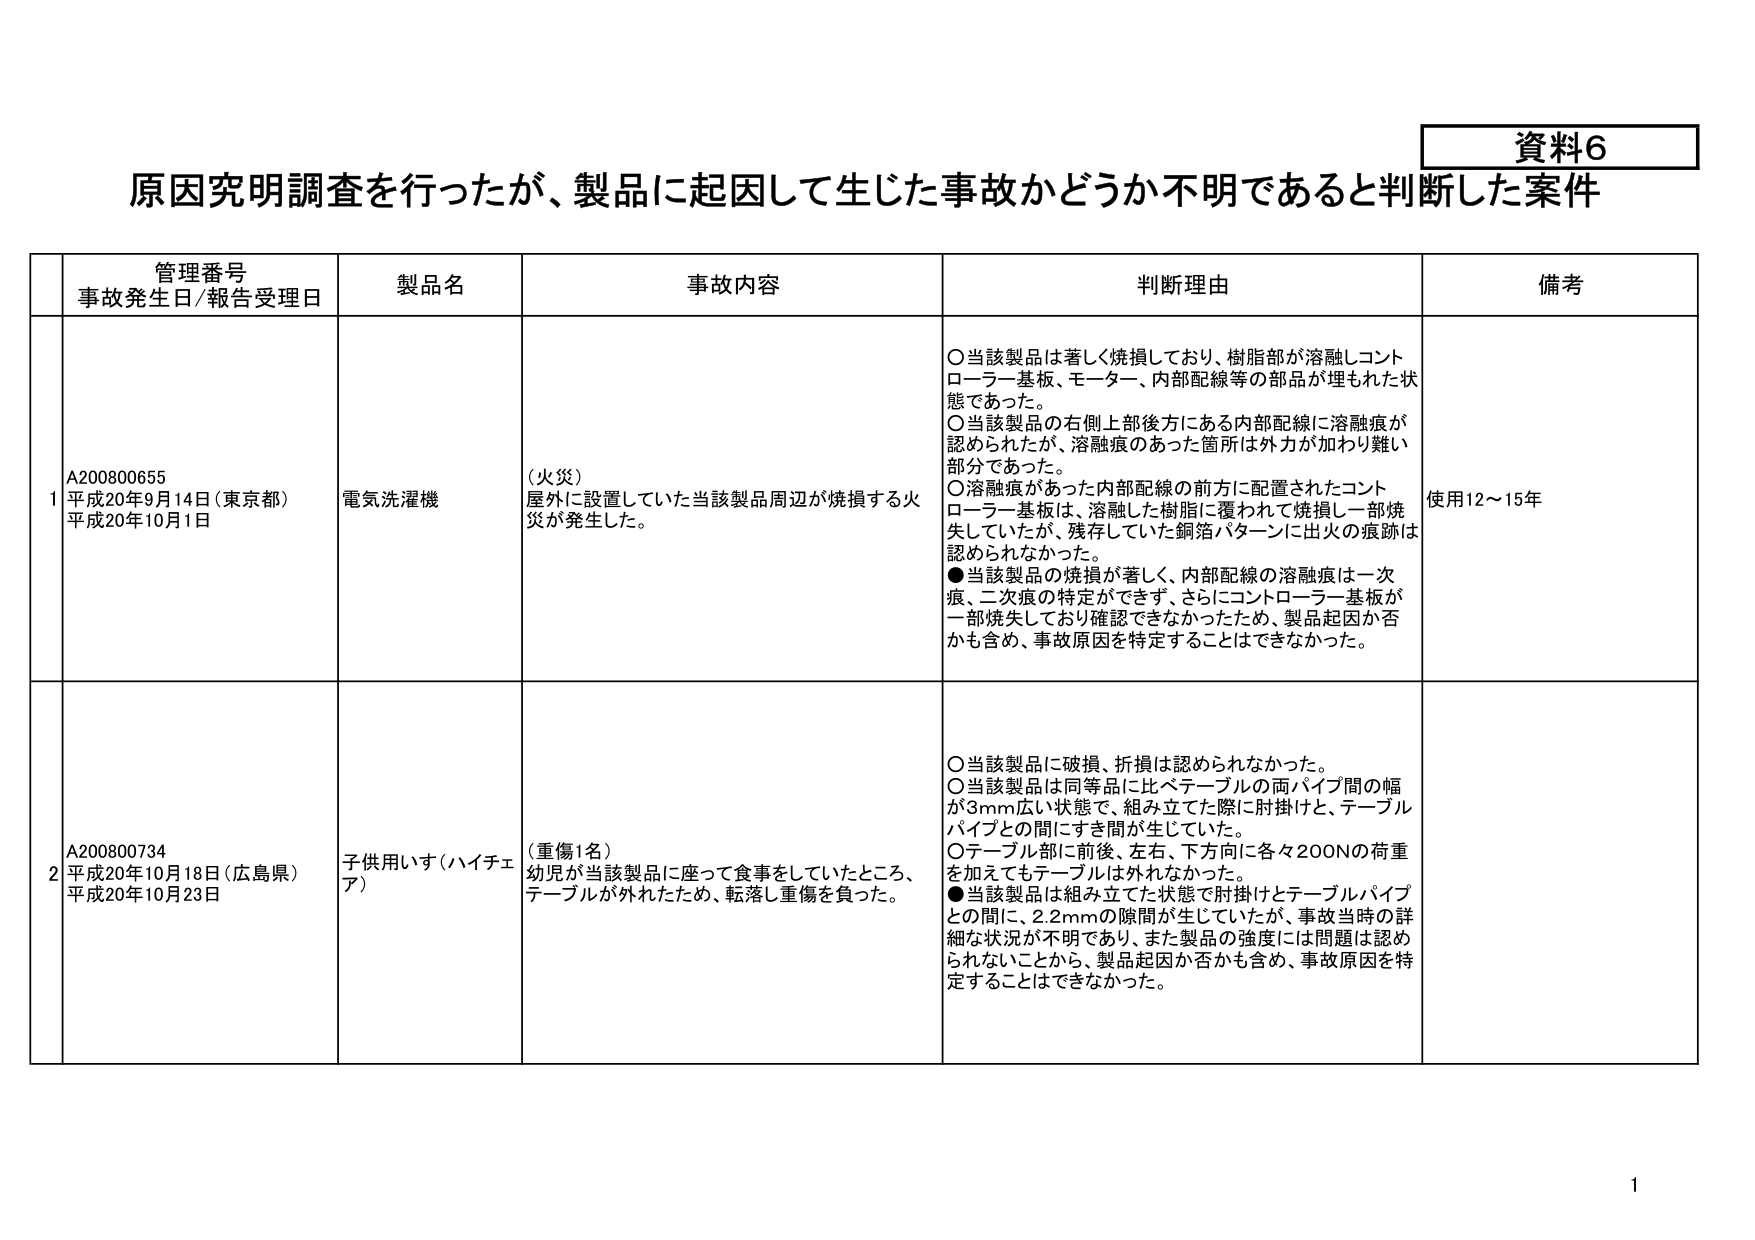
資料6
原因究明調査を行ったが、製品に起因して生じた事故かどうか不明であると判断した案件

管理番号
事故発生日/報告受理日
製品名
事故内容
判断理由
備考

1
A200800655
平成20年9月14日（東京都）
平成20年10月1日
電気洗濯機
（火災）
屋外に設置していた当該製品周辺が焼損する火災が発生した。
○当該製品は著しく焼損しており、樹脂部が溶融しコントローラー基板、モーター、内部配線等の部品が埋もれた状態であった。
○当該製品の右側上部後方にある内部配線に溶融痕が認められたが、溶融痕のあった箇所は外力が加わり難い部分であった。
○溶融痕があった内部配線の前方に配置されたコントローラー基板は、溶融した樹脂に覆われて焼損し一部焼失していたが、残存していた銅箔パターンに出火の痕跡は認められなかった。
●当該製品の焼損が著しく、内部配線の溶融痕は一次痕、二次痕の特定ができず、さらにコントローラー基板が一部焼失しており確認できなかったため、製品起因か否かも含め、事故原因を特定することはできなかった。
使用12～15年

2
A200800734
平成20年10月18日（広島県）
平成20年10月23日
子供用いす（ハイチェア）
（重傷1名）
幼児が当該製品に座って食事をしていたところ、テーブルが外れたため、転落し重傷を負った。
○当該製品に破損、折損は認められなかった。
○当該製品は同等品に比べテーブルの両パイプ間の幅が3mm広い状態で、組み立てた際に肘掛けと、テーブルパイプとの間にすき間が生じていた。
○テーブル部に前後、左右、下方向に各々200Nの荷重を加えてもテーブルは外れなかった。
●当該製品は組み立てた状態で肘掛けとテーブルパイプとの間に、2.2mmの隙間が生じていたが、事故当時の詳細な状況が不明であり、また製品の強度には問題は認められないことから、製品起因か否かも含め、事故原因を特定することはできなかった。

1